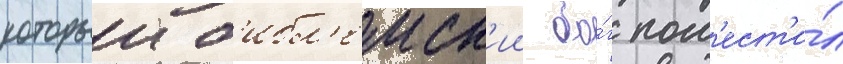
которыи б'ибл'еиск'ии бо́г пом'ест'и́л